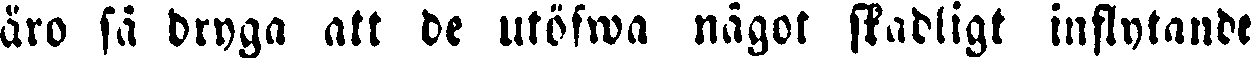
äro så dryga att de utöfwa något skadligt inflytande